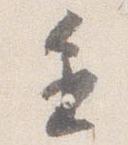
進